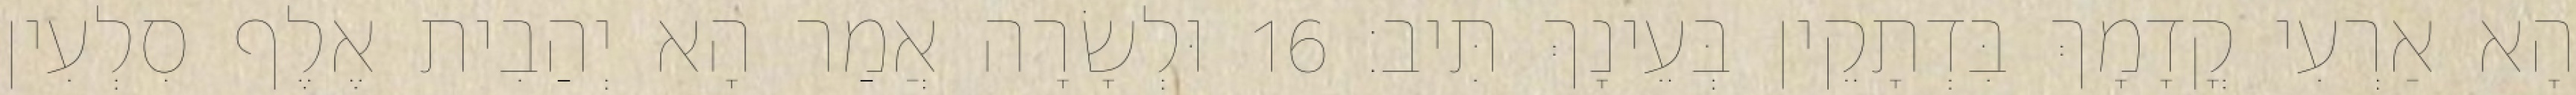
הָא אַרְעִי קֳדָמָךְ בִּדְתָקֵין בְּעֵינָךְ תִּיב׃ 16 וּלְשָׂרָה אֲמַר הָא יְהַבִית אֶלֶף סִלְעִין